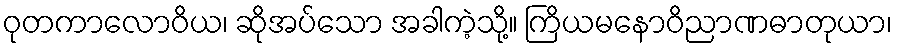
ဝုတကာလောဝိယ၊ ဆိုအပ်သော အခါကဲ့သို့။ ကြိယမနောဝိညာဏဓာတုယာ၊